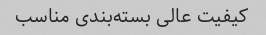
کیفیت عالی بسته‌بندی مناسب